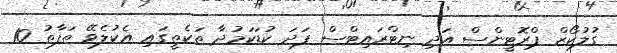
ގުލުކޯޒް ޕްރޮޓީންސް އަދި ނިޓްރައިޓްސް ފަދަ ކުޑަކަމުދާ ތަކެތީގައި އެކުލެވޭ ތަފާތު 10